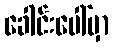
ခေါင်းပေါ်မှာ